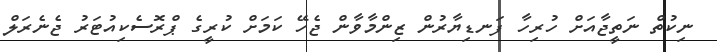
ނިކުތް ނަތީޖާއަށް ހުރިހާ ފަނޑިޔާރުން ޒިންމާވާން ޖެހޭ ކަމަށް ކުރީގެ ޕްރޮސެކިއުޓަރު ޖެނެރަލް